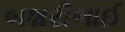
બશરીભાઈ